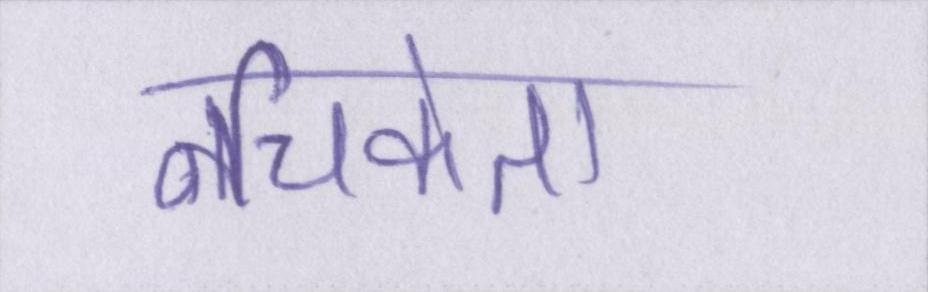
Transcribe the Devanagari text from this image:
नचिकेता